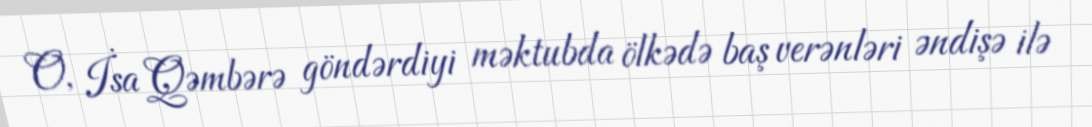
O, İsa Qəmbərə göndərdiyi məktubda ölkədə baş verənləri əndişə ilə